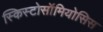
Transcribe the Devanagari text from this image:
स्किस्टोसॉमियोसिस